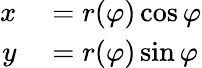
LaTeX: \begin{array}{rl}{x}&{{}=r(\varphi)\cos\varphi}\\ {y}&{{}=r(\varphi)\sin\varphi}\end{array}